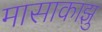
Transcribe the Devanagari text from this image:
मासाकाझु